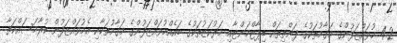
4.2 މުވައްޒަފުންގެ މަގާމުތަކުގެ ފަންތިތައް ޑިޕާޓްމަންޓާއި މަރުކަޒުތަކުގެ ބައެއްމުވައްޒަފުންގެ މަގާމުތަކާއި އެމުވައްޒަފުން ކުރާމަސައްކަތާ